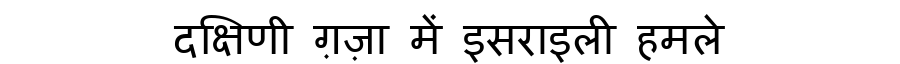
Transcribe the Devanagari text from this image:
दक्षिणी ग़ज़ा में इसराइली हमले